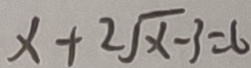
x + 2 \sqrt { x - 3 } = 6